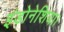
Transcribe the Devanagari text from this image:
इंडोनेशिया।